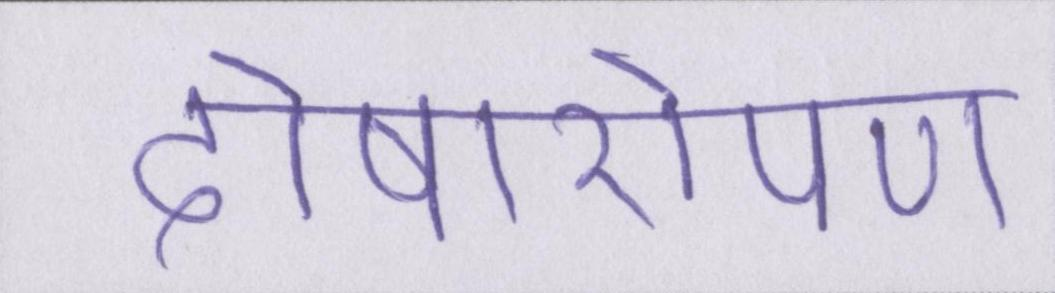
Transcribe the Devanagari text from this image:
दोषारोपण